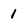
Character: 1